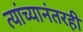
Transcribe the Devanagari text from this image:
त्यांच्यानंतरही